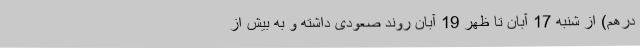
درهم) از شنبه 17 آبان تا ظهر 19 آبان روند صعودی داشته و به بیش از